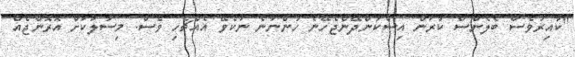
"ކާއިރުވެސް ބެލެންސް ކުރަން އިސްކަންދޭންޖެހޭނެ ހުންނާނެ ނުކެވޭ އެއްޗެހި ވެސް. މިސާލަކަށް އޮރޮންޖެއް